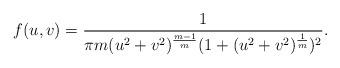
LaTeX: \begin{align*} f(u,v)=\frac1{\pi m(u^2+v^2)^{\frac {m-1}m}(1+(u^2+v^2)^{\frac1m})^2}.\end{align*}